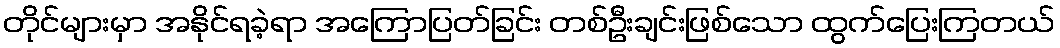
တိုင်များမှာ အနိုင်ရခဲ့ရာ အကြောပြတ်ခြင်း တစ်ဦးချင်းဖြစ်သော ထွက်ပြေးကြတယ်